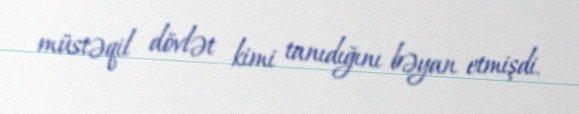
müstəqil dövlət kimi tanıdığını bəyan etmişdi.